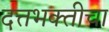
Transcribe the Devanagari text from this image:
दत्तभक्तीचा